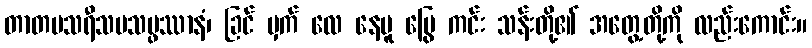
တာတပသရီသပသမ္ဖဿာနံ၊ ခြင် မှက် လေ နေပူ မြွေ ကင်း သန်းတို့၏ အတွေ့တို့ကို လည်းကောင်း။